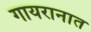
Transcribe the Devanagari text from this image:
गायरानात